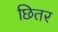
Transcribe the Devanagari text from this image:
छितर